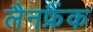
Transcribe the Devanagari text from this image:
लैनफ्रैंक